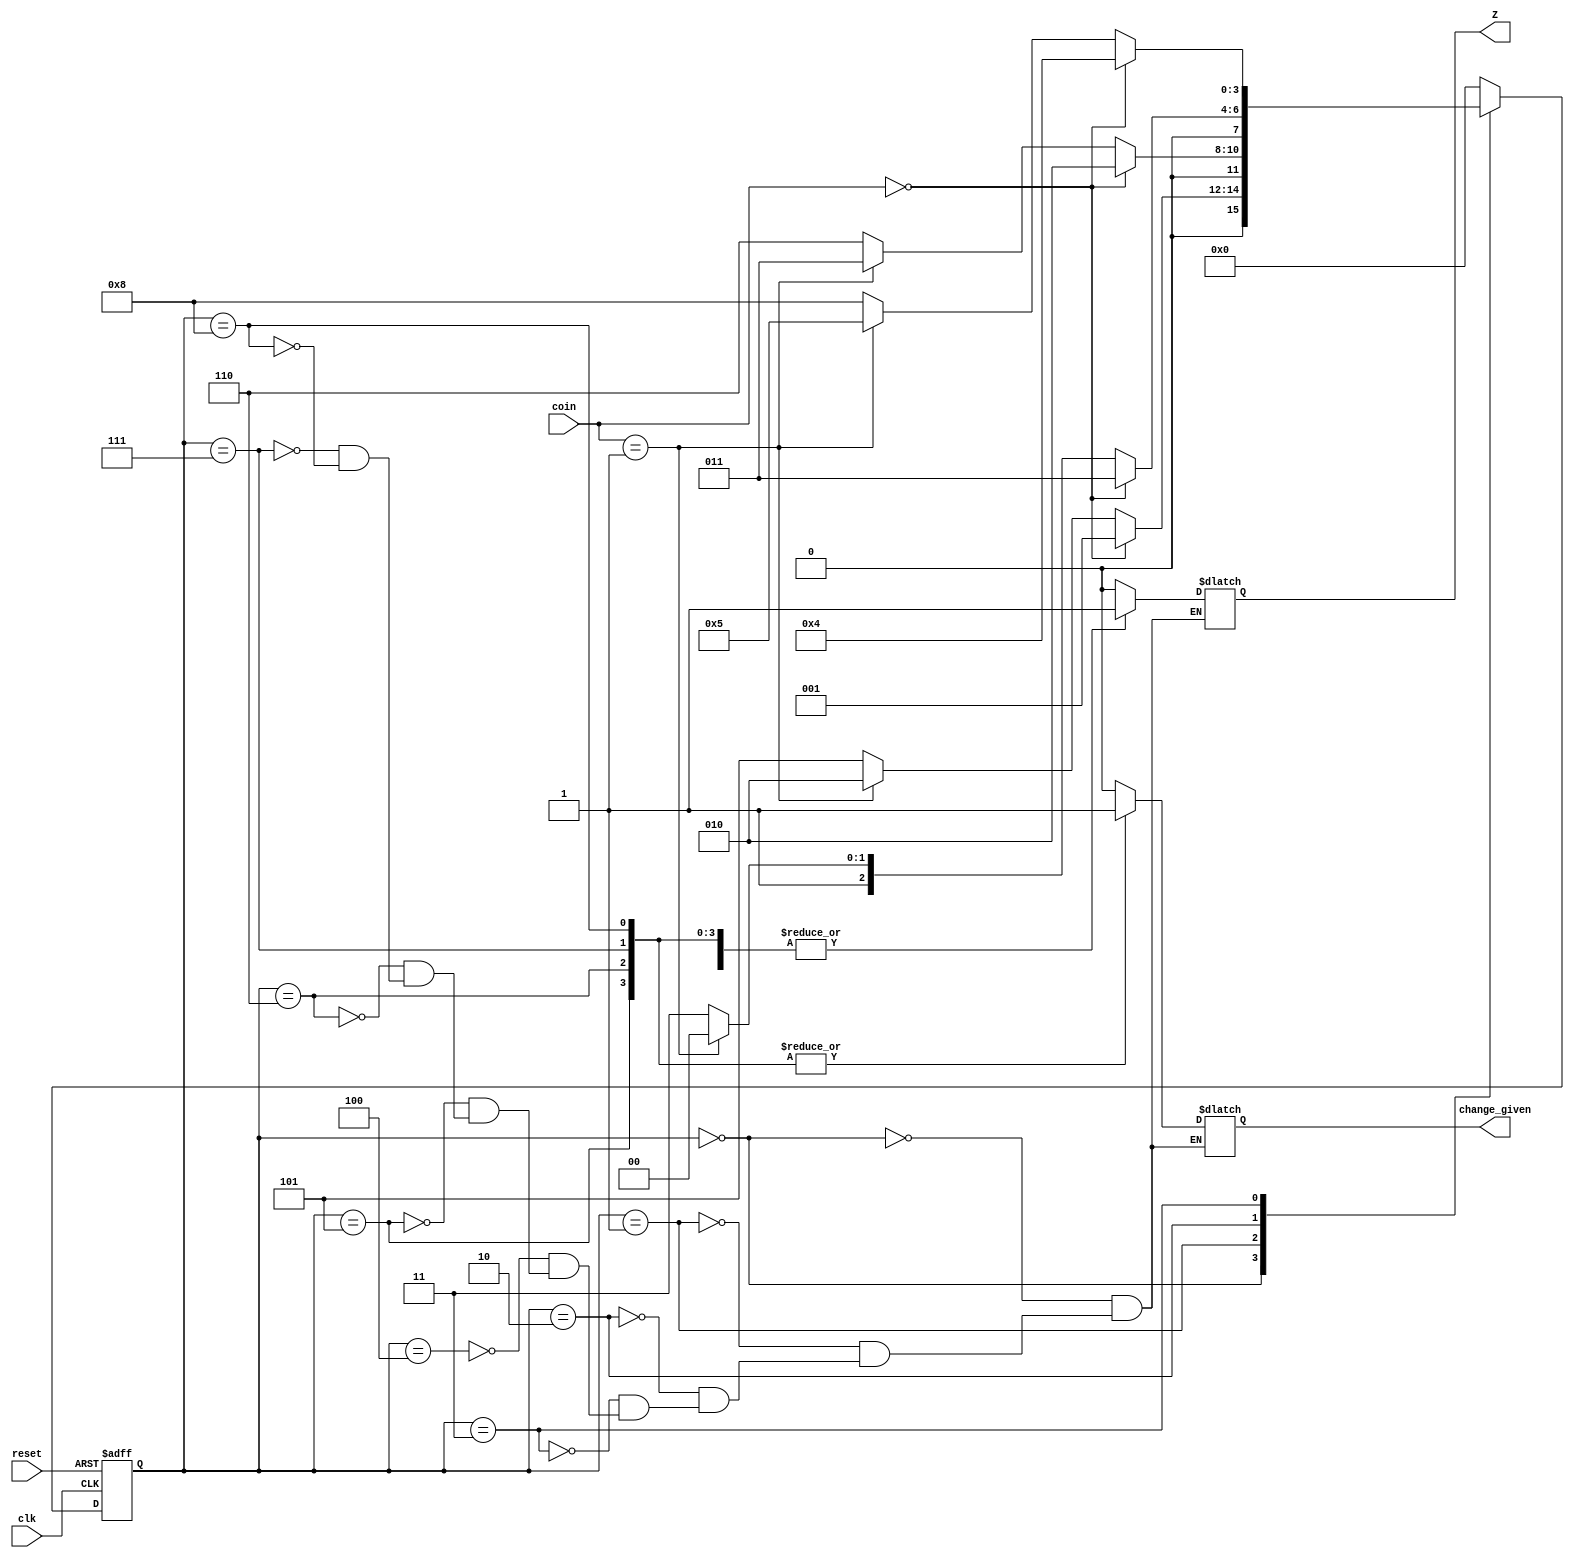
module Vending_machine(coin,clk,reset,Z,change_given);
    input clk;
    input reset;
    input [1:0] coin;
    output reg Z,change_given;
 parameter Sin=4'b0000,S10=4'b0001,S20=4'b0010,S30=4'b0011,
 S40=4'b0100,S50=4'b0101,S60=4'b0110,S70=4'b0111,S80=4'b1000;
 parameter ten=2'b00,twenty = 2'b01,fifty=2'b10;
 reg[3:0] state,next_state;
 always@(posedge clk, posedge reset)
 begin
 if (reset==1)
 state<=Sin;
 else state<=next_state;
 end
 always@(state,coin)
 begin 
 case(state)
 Sin:
 begin
 if(coin==ten)
 next_state=S10;
 else if (coin==twenty)
 next_state=S20;
 else
 next_state=S50;
 end
 
 S10:
 begin
 if(coin==ten)
 next_state=S20;
 else if(coin==twenty)
 next_state=S30;
 else
 next_state=S60;
 end
 
 S20:
 begin 
 if(coin==ten)
 next_state=S30;
 else if(coin==twenty)
 next_state=S40;
 else 
 next_state=S70;
 end
 
 S30:
 begin 
 if(coin==ten)
 next_state=S40;
 else if(coin==twenty)
 next_state=S50;
 else 
 next_state=S80;
 end
 
 S40:next_state=Sin;
 S50:next_state=Sin;
 S60:next_state=Sin;
 S70:next_state=Sin;
 S80:next_state=Sin;
 default : next_state=Sin;
 endcase
 end
 
 always@(state,coin)
 begin
 case(state)
 Sin:begin Z=0;change_given=0;end
 S10:begin Z=0;change_given=0;end
 S20:begin Z=0;change_given=0;end
 S30:begin Z=0;change_given=0;end
 S40:begin Z=1;change_given=0;end
 S50:begin Z=1;change_given=1;end
 S60:begin Z=1;change_given=1;end
 S70:begin Z=1;change_given=1;end
 S80:begin Z=1;change_given=1;end
 endcase
 end
 
   
endmodule